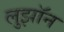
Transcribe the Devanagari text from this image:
लुझॉन